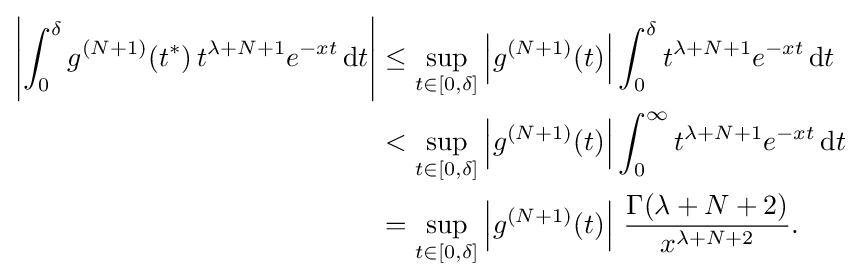
{\begin{aligned}\left|\int _{0}^{\delta }g^{(N+1)}(t^{*})\,t^{\lambda +N+1}e^{-xt}\,\mathrm {d} t\right|&\leq \sup _{t\in [0,\delta ]}\left|g^{(N+1)}(t)\right|\int _{0}^{\delta }t^{\lambda +N+1}e^{-xt}\,\mathrm {d} t\\&<\sup _{t\in [0,\delta ]}\left|g^{(N+1)}(t)\right|\int _{0}^{\infty }t^{\lambda +N+1}e^{-xt}\,\mathrm {d} t\\&=\sup _{t\in [0,\delta ]}\left|g^{(N+1)}(t)\right|\,{\frac {\Gamma (\lambda +N+2)}{x^{\lambda +N+2}}}.\end{aligned}}